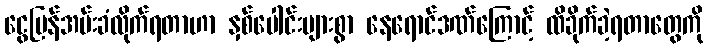
ငွေပြန်အမ်းခံလိုက်ရတာဟာ နှစ်ပေါင်းများစွာ နေရောင်ဒဏ်ကြောင့် ထိခိုက်ခဲ့ရတာတွေကို